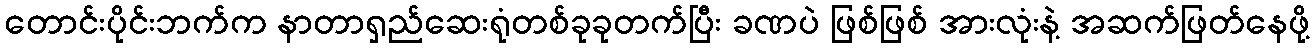
တောင်းပိုင်းဘက်က နာတာရှည်ဆေးရုံတစ်ခုခုတက်ပြီး ခဏပဲ ဖြစ်ဖြစ် အားလုံးနဲ့ အဆက်ဖြတ်နေဖို့